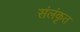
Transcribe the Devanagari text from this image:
संलंकृत